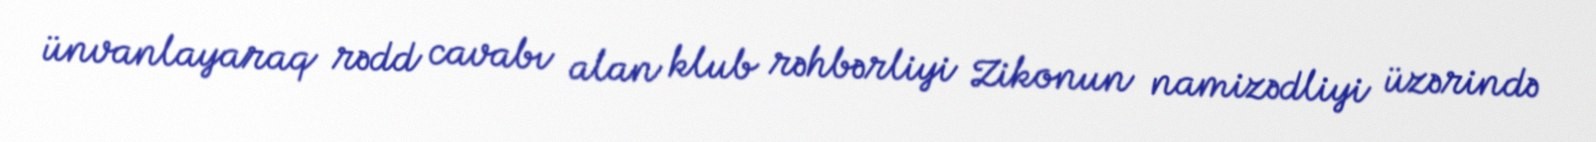
ünvanlayaraq rədd cavabı alan klub rəhbərliyi Zikonun namizədliyi üzərində